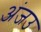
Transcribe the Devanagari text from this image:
अंजउ